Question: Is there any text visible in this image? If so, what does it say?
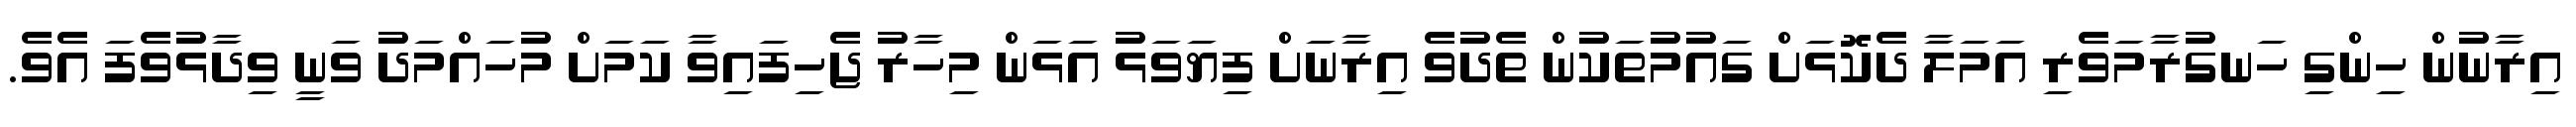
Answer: އިރާނުން ހިންގި ހަނގުރާމަވެރި އަމަލާ ދެކޮޅަށް ގައުމުތަކުން ތެދުވެ އިރާނަށް ފިޔަވަޅު އަޅަން މިހާރު ޖެހިފައިވާ ކަމަށް މުހައްމަދު ވަނީ ވިދާޅުވެފަ އެވެ.